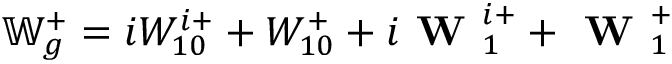
\mathbb { W } _ { g } ^ { + } = i W _ { 1 0 } ^ { i + } + W _ { 1 0 } ^ { + } + i \textbf { W } _ { 1 } ^ { i + } + \textbf { W } _ { 1 } ^ { + }